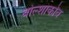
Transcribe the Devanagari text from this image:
बोल्शाकोव